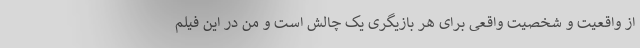
از واقعیت و شخصیت واقعی برای هر بازیگری یک چالش است و من در این فیلم